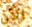
الآن